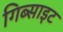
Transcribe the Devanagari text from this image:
गिब्साइट